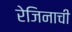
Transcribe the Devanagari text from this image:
रेजिनाची